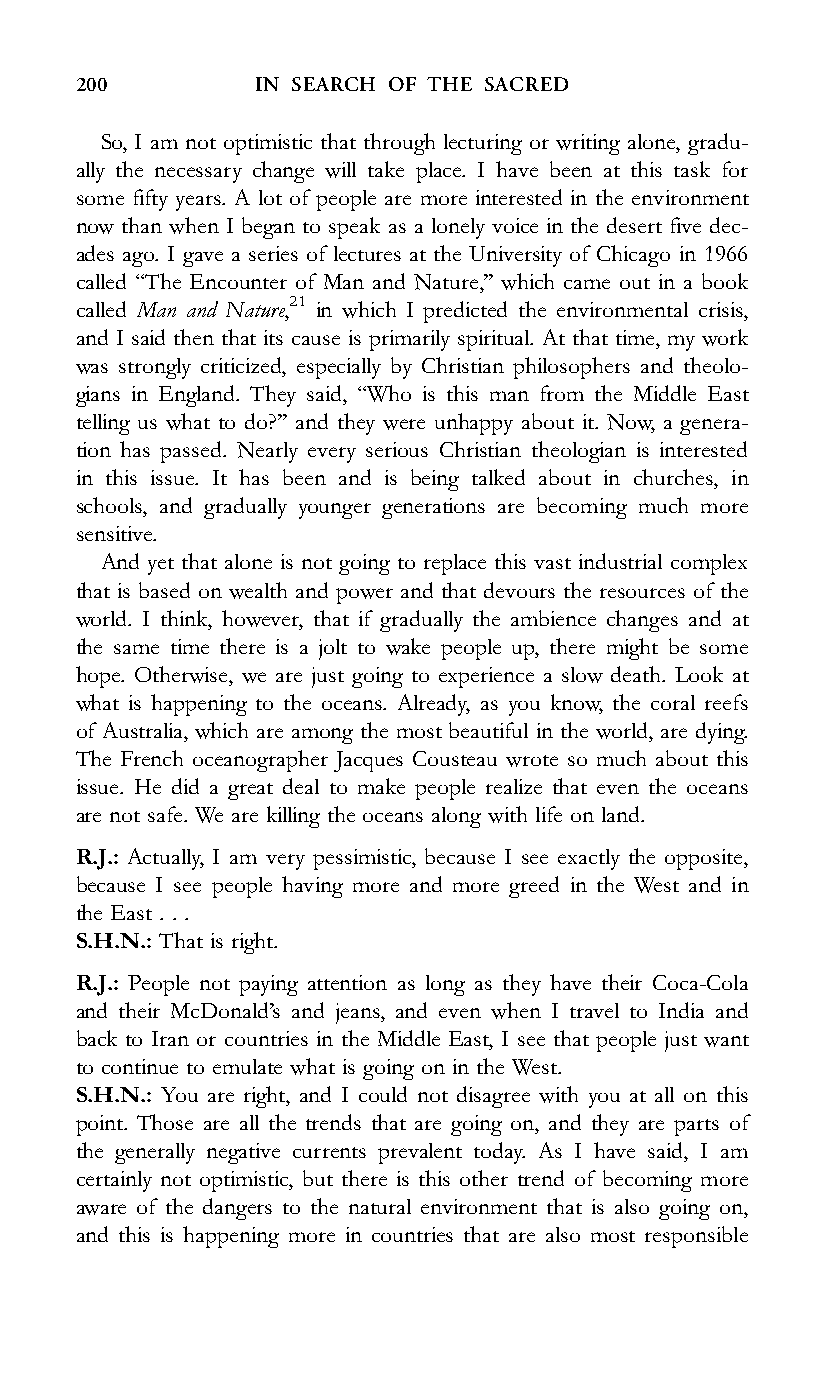
200         IN SEARCH OF THE SACRED
 So, I am not optimistic that through lecturing or writing alone, gradu-
 ally the necessary change will take place. I have been at this task for
 some fifty years. A lot of people are more interested in the environment
 now than when I began to speak as a lonely voice in the desert five dec-
 ades ago. I gave a series of lectures at the University of Chicago in 1966
 called ‘‘The Encounter of Man and Nature,’’ which came out in a book
 called Man and Nature,21 in which I predicted the environmental crisis,
 and I said then that its cause is primarily spiritual. At that time, my work
 was strongly criticized, especially by Christian philosophers and theolo-
 gians in England. They said, ‘‘Who is this man from the Middle East
 telling us what to do?’’ and they were unhappy about it. Now, a genera-
 tion has passed. Nearly every serious Christian theologian is interested
 in this issue. It has been and is being talked about in churches, in
 schools, and gradually younger generations are becoming much more
 sensitive.
 And yet that alone is not going to replace this vast industrial complex
 that is based on wealth and power and that devours the resources of the
 world. I think, however, that if gradually the ambience changes and at
 the same time there is a jolt to wake people up, there might be some
 hope. Otherwise, we are just going to experience a slow death. Look at
 what is happening to the oceans. Already, as you know, the coral reefs
 of Australia, which are among the most beautiful in the world, are dying.
 The French oceanographer Jacques Cousteau wrote so much about this
 issue. He did a great deal to make people realize that even the oceans
 are not safe. We are killing the oceans along with life on land.
 R.J.: Actually, I am very pessimistic, because I see exactly the opposite,
 because I see people having more and more greed in the West and in
 the East . . .
 S.H.N.: That is right.
 R.J.: People not paying attention as long as they have their Coca-Cola
 and their McDonald’s and jeans, and even when I travel to India and
 back to Iran or countries in the Middle East, I see that people just want
 to continue to emulate what is going on in the West.
 S.H.N.: You are right, and I could not disagree with you at all on this
 point. Those are all the trends that are going on, and they are parts of
 the generally negative currents prevalent today. As I have said, I am
 certainly not optimistic, but there is this other trend of becoming more
 aware of the dangers to the natural environment that is also going on,
 and this is happening more in countries that are also most responsible